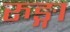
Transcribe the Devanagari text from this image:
रुङ्गा